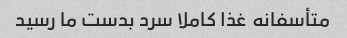
متأسفانه غذا کاملا سرد بدست ما رسید